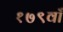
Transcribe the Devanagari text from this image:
१७९वाँ